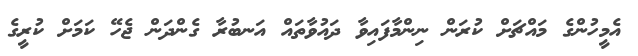
އެމީހުންގެ މައްޗަށް ކުރަން ނިންމާފައިވާ ދައުވާތައް އަނބުރާ ގެންދަން ޖެހޭ ކަމަށް ކުރީގެ